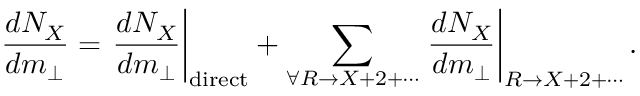
\frac { d N _ { X } } { d m _ { \bot } } = \left. \frac { d N _ { X } } { d m _ { \bot } } \right| _ { \mathrm { d i r e c t } } + \sum _ { \forall R \rightarrow X + 2 + \cdots } \left. \frac { d N _ { X } } { d m _ { \bot } } \right| _ { R \rightarrow X + 2 + \cdots } .